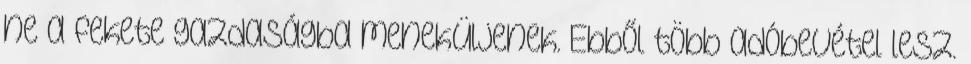
ne a fekete gazdaságba meneküljenek. Ebből több adóbevétel lesz.